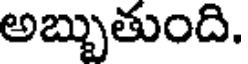
అబ్బుతుంది.